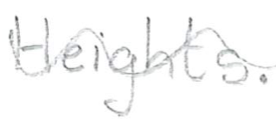
Text: Heights.
Cross-out: wave
Writing tool: pencil